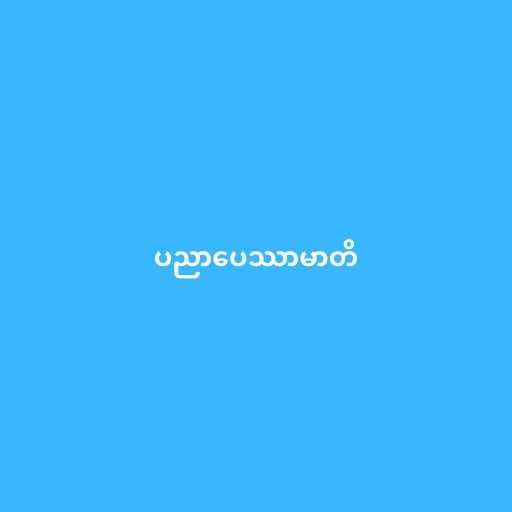
ပညာပေဿာမာတိ